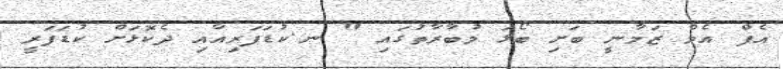
އެފް އެމް ޒަމާނީ ބަށި ބޯޅަ މުބާރާތުގައި " ނ.ކުޑަފަރިއާއި ދެކޮޅަށް ކުޑަފަރީ